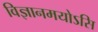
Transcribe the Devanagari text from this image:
विज्ञानमयोऽसि